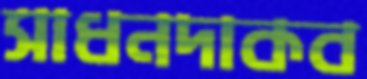
সাধনদাকব